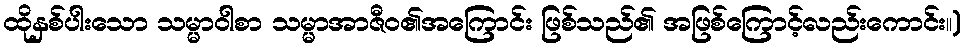
ထိုနှစ်ပါးသော သမ္မာဝါစာ သမ္မာအာဇီဝ၏အကြောင်း ဖြစ်သည်၏ အဖြစ်ကြောင့်လည်းကောင်း။)